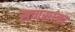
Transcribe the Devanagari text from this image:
सणसांचा